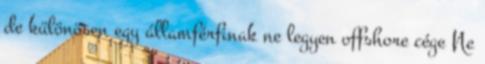
de különösen egy államférfinak ne legyen offshore cége Ne